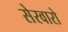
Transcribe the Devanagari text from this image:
सेरवारो